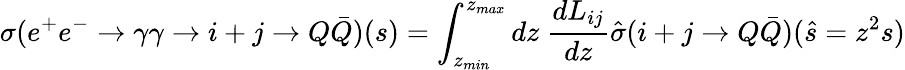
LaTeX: \sigma(e^{+}e^{-}\rightarrow\gamma\gamma\rightarrow i+j\rightarrow Q\bar{Q})(s)=\int_{z_{min}}^{z_{max}}dz~\frac{dL_{ij}}{dz}\hat{\sigma}(i+j\rightarrow Q\bar{Q})(\hat{s}=z^{2}s)